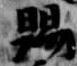
賜